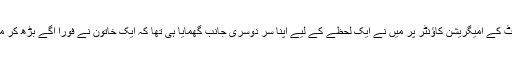
اسلام آباد ایئرپورٹ کے امیگریشن کاؤنٹر پر میں نے ایک لحظے کے لیے اپنا سر دوسری جانب گھمایا ہی تھا کہ ایک خاتون نے فوراً آگے بڑھ کر میری جگہ لے لی۔